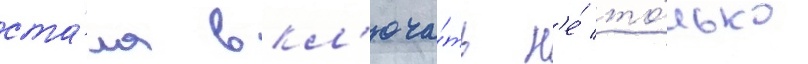
ста́ла вкл'юча́ть н'е́ то́лько